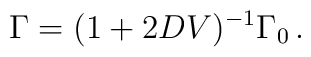
\Gamma = (1+2DV )^{-1}\Gamma_0 \,.